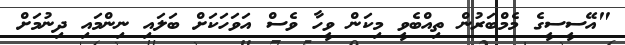
"އޭސީސީގެ މެމްބަރުން ތިއްބެވީ މިކަން ވީހާ ވެސް އަވަހަކަށް ބަލައި ނިންމައި ދިނުމަށް